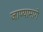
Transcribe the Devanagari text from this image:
जाण्यामागे